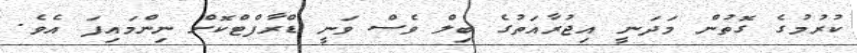
ކުރުމުގެ ގޮތުން މަދަނީ އިޖުރާއަތުގެ ބިލް ވެސް ވަނީ ޑްރާފްޓްކޮށް ނިންމައިފަ އެވެ.